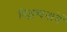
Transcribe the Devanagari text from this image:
विड़म्बनायें